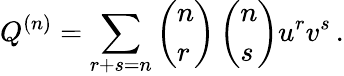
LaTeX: Q^{(n)}=\sum_{r+s=n}\left(\begin{array}{l}{{n}}\\ {{r}}\end{array}\right)\left(\begin{array}{l}{{n}}\\ {{s}}\end{array}\right)u^{r}v^{s}\, .